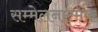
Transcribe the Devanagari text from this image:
सम्मेलनात्मक